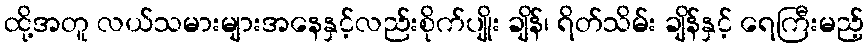
ထို့အတူ လယ်သမားများအနေနှင့်လည်းစိုက်ပျိုး ချိန်၊ ရိတ်သိမ်း ချိန်နှင့် ရေကြီးမည့်